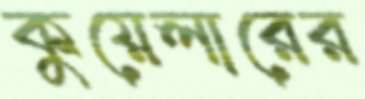
কুয়েলারের